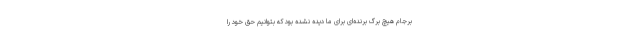
برجام هیچ برگ برنده‌ای برای ما دیده نشده بود که بتوانیم حق خود را